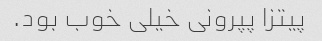
پیتزا پپرونی خیلی خوب بود.